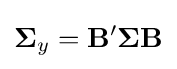
\mathbf {\Sigma } _{y}=\mathbf {B'} \mathbf {\Sigma } \mathbf {B}